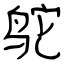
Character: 鸵